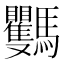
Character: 𩧡